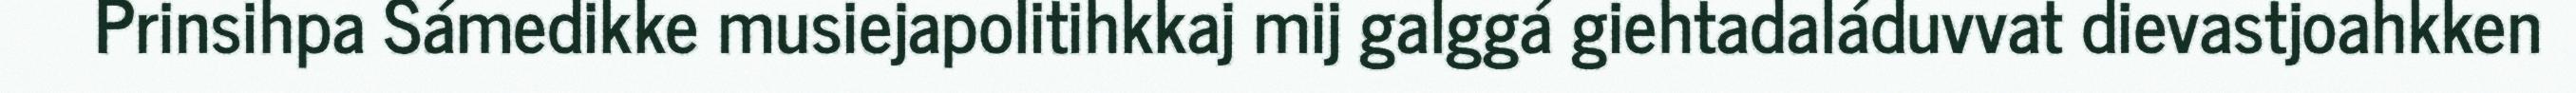
Prinsihpa Sámedikke musiejapolitihkkaj mij galggá giehtadaláduvvat dievastjoahkken